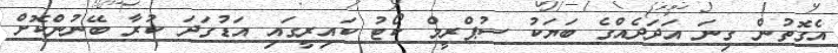
އެގޮތުން ގިނަ އަދަދެއްގެ ބަޔަކު ސުޕްރީމް ކޯޓު ކައިރީގައި އަޑުގަދަ ކުރާ ބޭނުންކޮށް